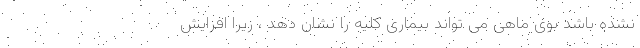
نشده باشد بوی ماهی می تواند بیماری کلیه را نشان دهد ، زیرا افزایش